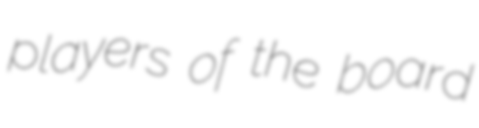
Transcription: players of the board